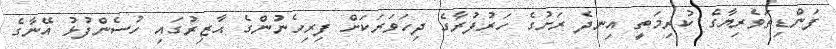
ފަންޑިތަވެރިޔާގެ ކުރިމަތީ އިނދެ ރަށުގެ ހަރުފުރާގެ ދިހަވަރަކަށް ފިރިހެނުންގެ ޙާޒިރުގައި ހުސެންފުޅު އޭނާގެ